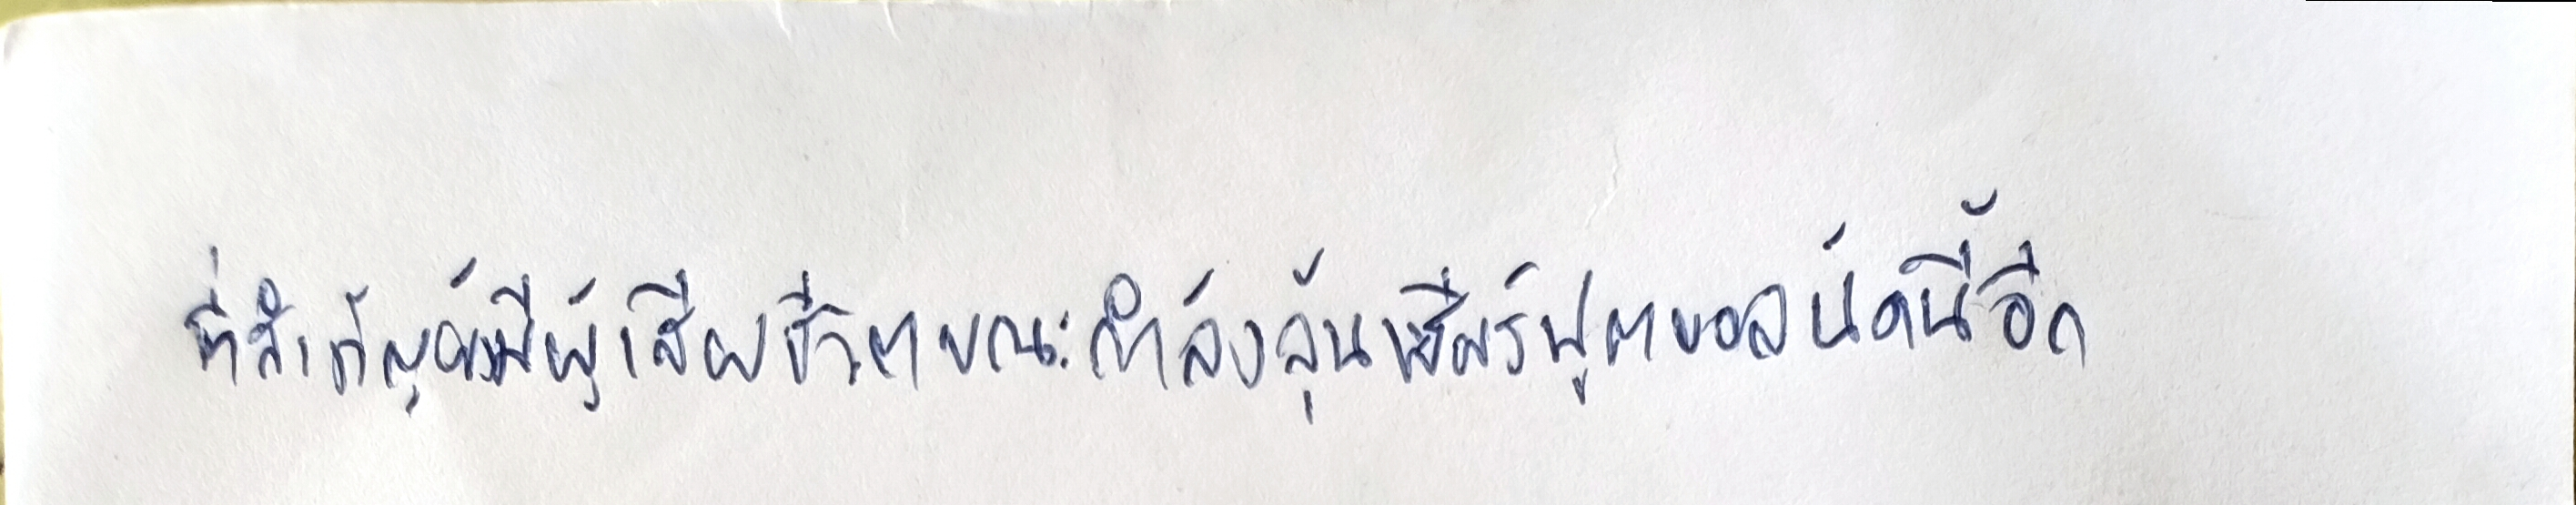
ที่สำคัญยังมีผู้เสียชีวิตขณะกำลังลุ้นเชียร์ฟุตบอลนัดนี้อีก